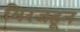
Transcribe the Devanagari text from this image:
मिरजहून